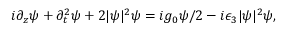
\begin{array} { r } { i \partial _ { z } \psi + \partial _ { t } ^ { 2 } \psi + 2 | \psi | ^ { 2 } \psi = i g _ { 0 } \psi / 2 - i \epsilon _ { 3 } | \psi | ^ { 2 } \psi , } \end{array}